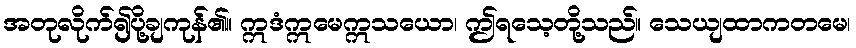
အတုလိုက်၍ပို့ချကုန်၏။ ဣဒံဣမေဣသယော၊ ဤရသေ့တို့သည်။ သေယျထာကတမေ၊